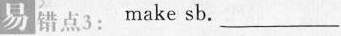
易错点3: make sb. ___